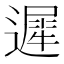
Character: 遲